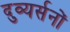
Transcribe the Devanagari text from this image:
दुव्यर्सनों